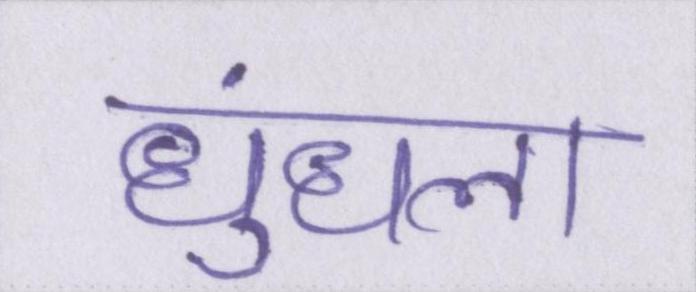
धुंधला